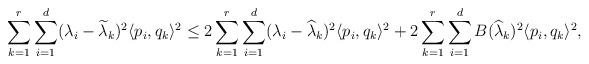
LaTeX: \begin{align*}\sum_{k=1}^{r}\sum_{i=1}^d (\lambda_i - \widetilde \lambda_k)^2 \langle p_i, q_k\rangle^2 \leq 2 \sum_{k=1}^{r}\sum_{i=1}^d (\lambda_i - \widehat \lambda_k)^2 \langle p_i, q_k\rangle^2 +2 \sum_{k=1}^{r}\sum_{i=1}^d B(\widehat \lambda_k)^2 \langle p_i, q_k\rangle^2 ,\end{align*}